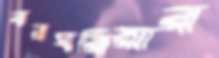
বারঘরিয়ার